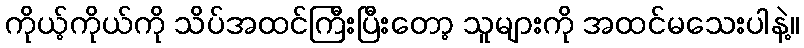
ကိုယ့်ကိုယ်ကို သိပ်အထင်ကြီးပြီးတော့ သူများကို အထင်မသေးပါနဲ့။